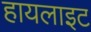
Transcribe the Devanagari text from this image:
हायलाइट